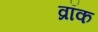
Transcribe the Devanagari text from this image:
व्रॉक